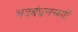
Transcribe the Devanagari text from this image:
भवबंधनरूपी